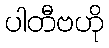
ပါတီဗဟို